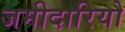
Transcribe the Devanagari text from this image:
जमीदारियो